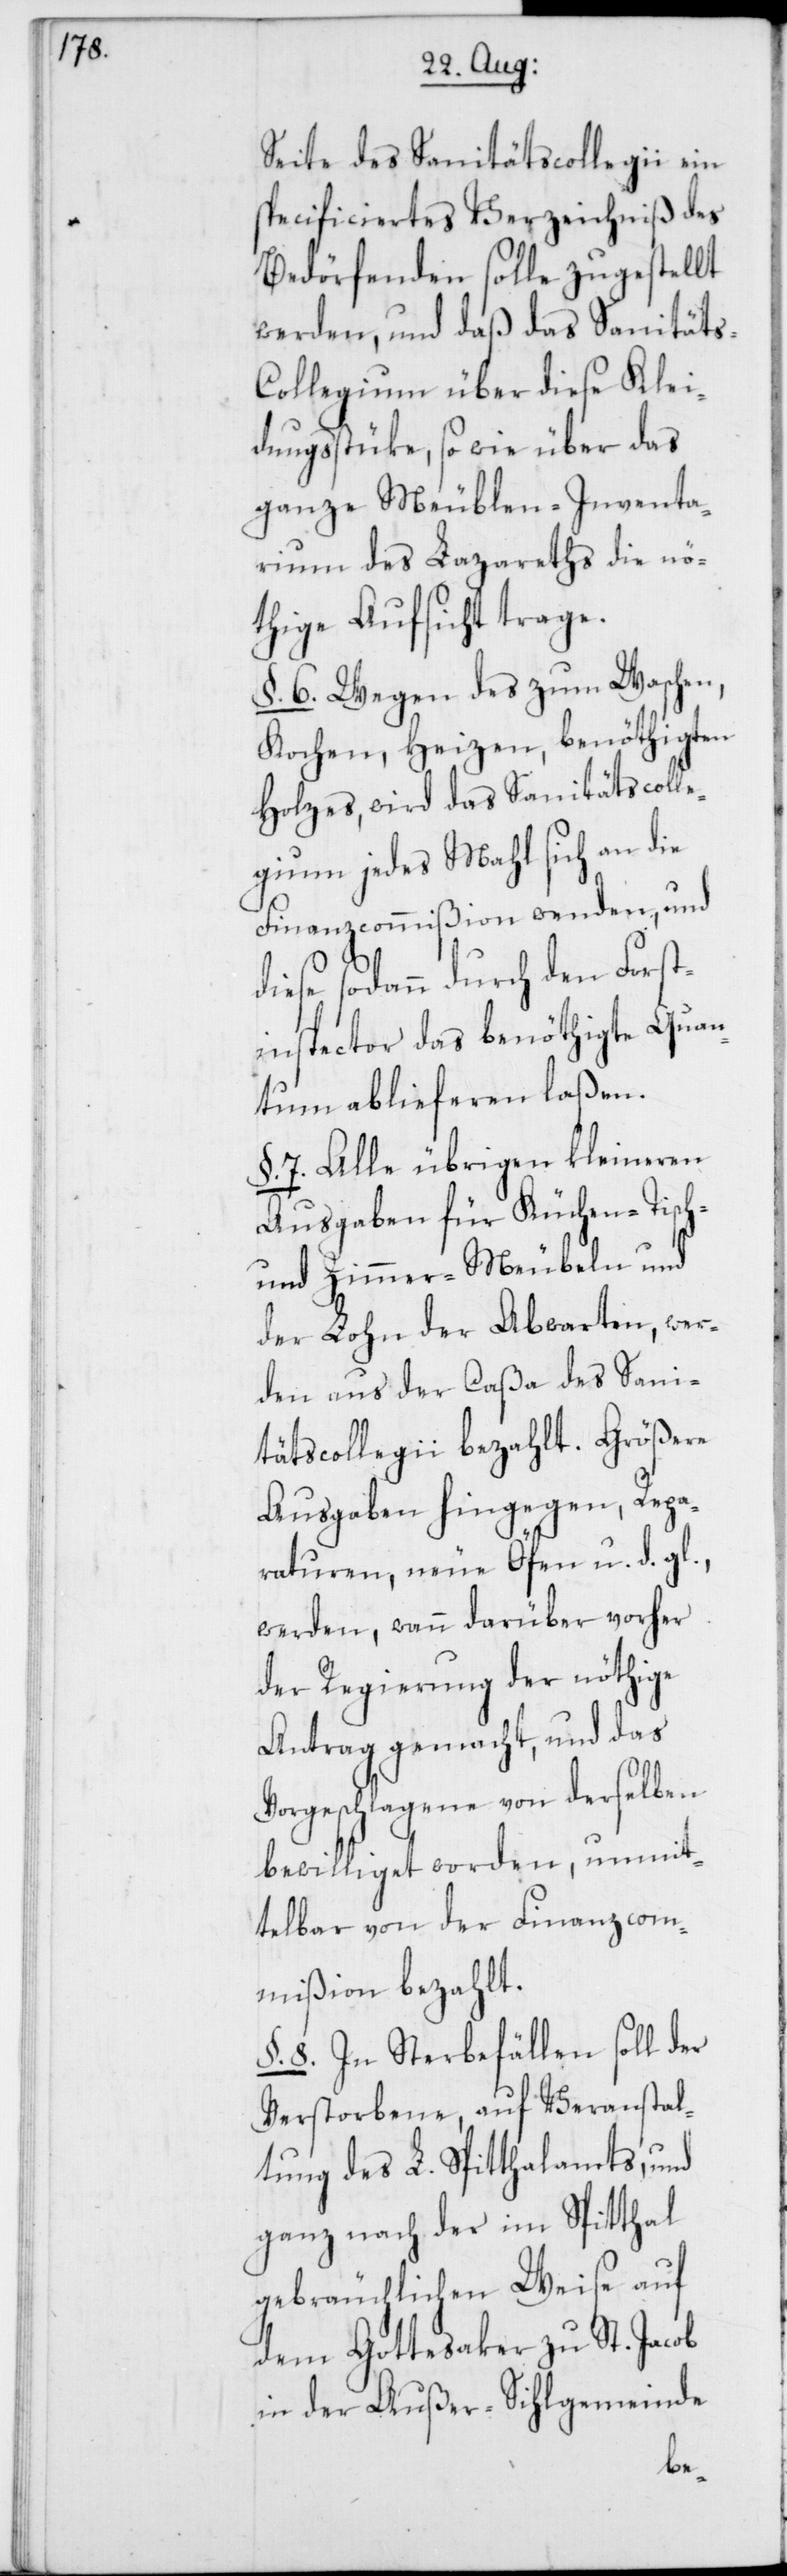
Seite des Sanitätscollegii ein
specificiertes Verzeichniß des
Bedörfenden solle zugestellt
werden, und daß das Sanitäts-C¬
ollegium über diese Klei¬
dungßtüke, so wie über das
ganze Meublen-Inventa¬
rium des Lazareths die nö¬
thige Aufsicht trage.
§. 6. Wegen des zum Waschen,
Kochen, Heizen benöthigten
Holzes, wird das Sanitätscolle¬
gium jedes Mahl sich an die
Finanzcommißion wenden, und
diese sodann durch den Forst¬
inspector das benöthigte Quan¬
tum ablieferen laßen.
§. 7. Alle übrigen kleineren
Ausgaben für Küchen-, Tisch-
und Zimmer-Meubeln und
der Lohn der Abwarten, wer¬
den aus der Caßa des Sani¬
tätscollegii bezahlt. Größere
Ausgaben hingegen, Repa¬
raturen, neue Öfen u. d. gl.,
werden, wann darüber vorher
der Regierung der nöthige
Antrag gemacht und das
Vorgeschlagene von derselben
bewilliget worden, unmit¬
telbar von der Finanzcom¬
mißion bezahlt.
§.8. In Sterbefällen soll der
Verstorbene, auf Veranstal¬
tung des L. Spitthalamts, und
ganz nach der im Spitthal
gebräuchlichen Weise auf
dem Gottesaker zu St. Jacob
in der Außer-Sihlgemeinde